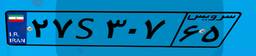
۲۷S۳۰۷۶۵